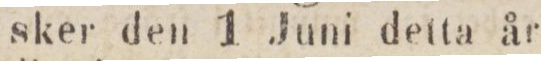
sker den 1 Juni detta år